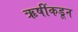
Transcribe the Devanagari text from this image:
ऋषींकडून